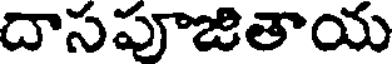
దాసపూజితాయ